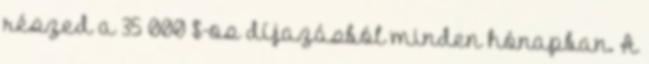
részed a 35 000 $-os díjazásból minden hónapban. A